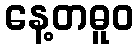
နေ့တဓူဝ